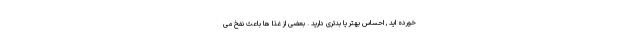
خورده اید , احساس بهتر یا بدتری دارید . بعضی از غذا ها باعث نفخ می